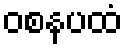
ဝစနပထံ